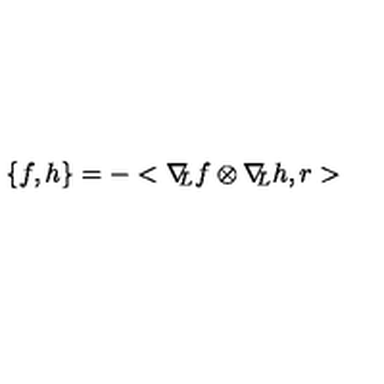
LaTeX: \{ f , h \} = - < \nabla \! \! _ { L } f \otimes \nabla \! \! _ { L } h , r >